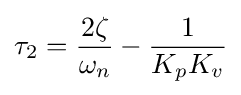
\tau _{2}={\frac {2\zeta }{\omega _{n}}}-{\frac {1}{K_{p}K_{v}}}